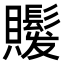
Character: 𧸻